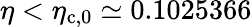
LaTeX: \eta<\eta_{\mathrm{c},0}\simeq 0.1025366